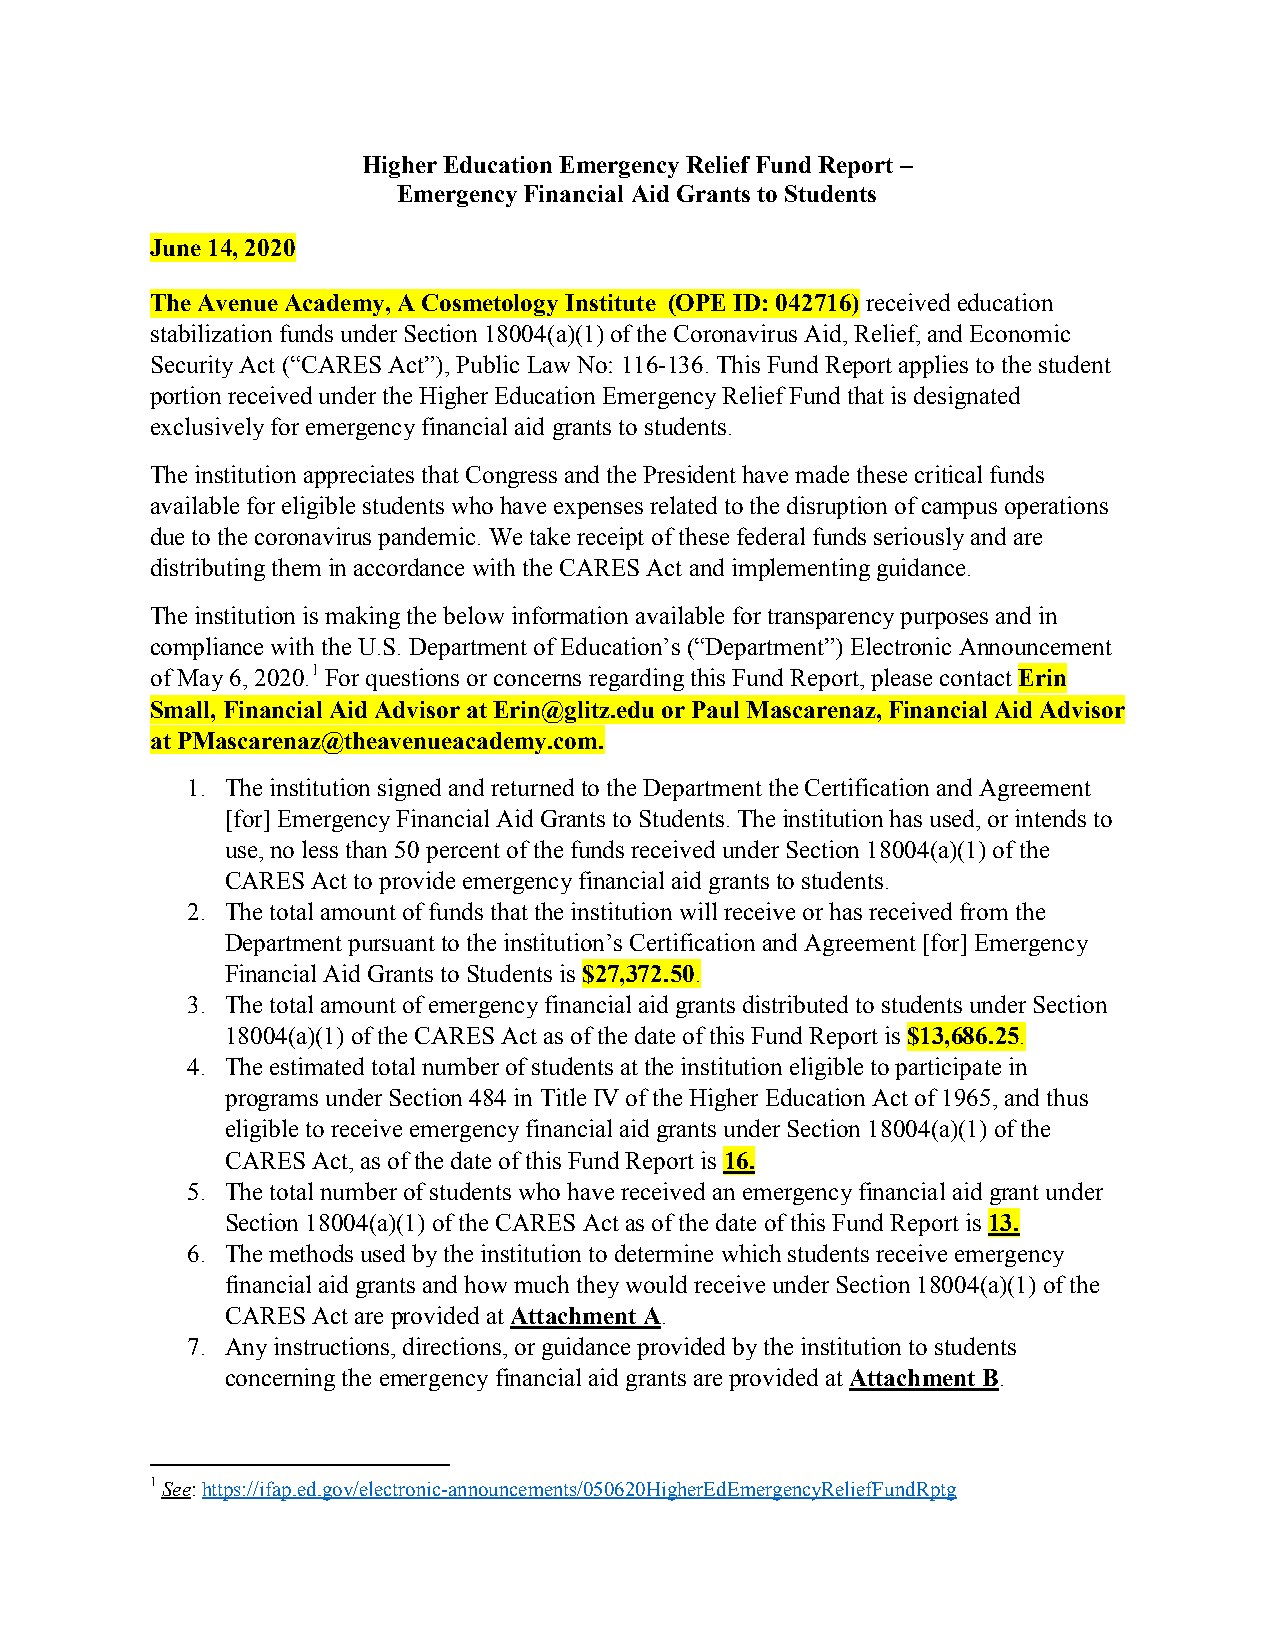
Higher Education Emergency Relief Fund Report –
 Emergency Financial Aid Grants to Students
 June 14, 2020
 The Avenue Academy, A Cosmetology Institute (OPE ID: 042716) received education
 stabilization funds under Section 18004(a)(1) of the Coronavirus Aid, Relief, and Economic
 Security Act (“CARES Act”), Public Law No: 116-136. This Fund Report applies to the student
 portion received under the Higher Education Emergency Relief Fund that is designated
 exclusively for emergency financial aid grants to students.
 The institution appreciates that Congress and the President have made these critical funds
 available for eligible students who have expenses related to the disruption of campus operations
 due to the coronavirus pandemic. We take receipt of these federal funds seriously and are
 distributing them in accordance with the CARES Act and implementing guidance.
 The institution is making the below information available for transparency purposes and in
 compliance with the U.S. Department of Education’s (“Department”) Electronic Announcement
 of May 6, 2020.1 For questions or concerns regarding this Fund Report, please contact Erin
 Small, Financial Aid Advisor at Erin@glitz.edu or Paul Mascarenaz, Financial Aid Advisor
 at PMascarenaz@theavenueacademy.com.
 1. The institution signed and returned to the Department the Certification and Agreement
 [for] Emergency Financial Aid Grants to Students. The institution has used, or intends to
 use, no less than 50 percent of the funds received under Section 18004(a)(1) of the
 CARES Act to provide emergency financial aid grants to students.
 2. The total amount of funds that the institution will receive or has received from the
 Department pursuant to the institution’s Certification and Agreement [for] Emergency
 Financial Aid Grants to Students is $27,372.50.
 3. The total amount of emergency financial aid grants distributed to students under Section
 18004(a)(1) of the CARES Act as of the date of this Fund Report is $13,686.25.
 4. The estimated total number of students at the institution eligible to participate in
 programs under Section 484 in Title IV of the Higher Education Act of 1965, and thus
 eligible to receive emergency financial aid grants under Section 18004(a)(1) of the
 CARES Act, as of the date of this Fund Report is 16.
 5. The total number of students who have received an emergency financial aid grant under
 Section 18004(a)(1) of the CARES Act as of the date of this Fund Report is 13.
 6. The methods used by the institution to determine which students receive emergency
 financial aid grants and how much they would receive under Section 18004(a)(1) of the
 CARES Act are provided at Attachment A.
 7. Any instructions, directions, or guidance provided by the institution to students
 concerning the emergency financial aid grants are provided at Attachment B.
 1 See: https://ifap.ed.gov/electronic-announcements/050620HigherEdEmergencyReliefFundRptg